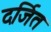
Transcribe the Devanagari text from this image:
दर्जित